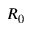
R _ { 0 }